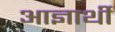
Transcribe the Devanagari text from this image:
आज्ञार्थी